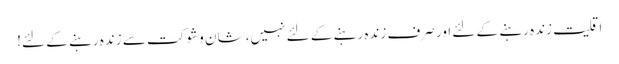
اقلیت زندہ رہنے کے لئے اور صرف زندہ رہنے کے لئے نہیں، شان و شوکت سے زندہ رہنے کے لئے!